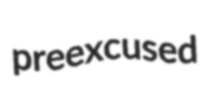
preexcused